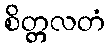
စိတ္တလတံ